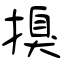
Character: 搝